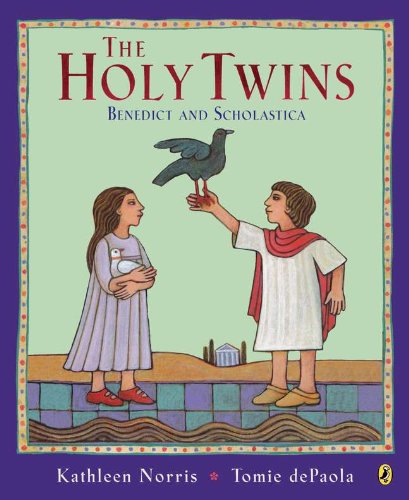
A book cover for The Holy Twins: Benedict and Scholastica; Kathleen Norris; Children's Books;